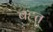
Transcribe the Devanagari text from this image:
बह्तु